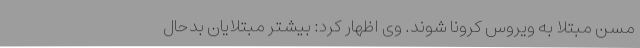
مسن مبتلا به ویروس کرونا شوند. وی اظهار کرد: بیشتر مبتلایان بدحال